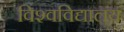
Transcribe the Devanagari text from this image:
विश्‍वविद्यालय